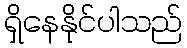
ရှိနေနိုင်ပါသည်